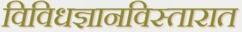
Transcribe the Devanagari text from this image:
विविधज्ञानविस्तारात